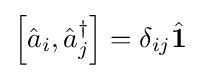
\left[{\hat {a}}_{i},{\hat {a}}_{j}^{\dagger }\right]=\delta _{ij}{\hat {\mathbf {1} }}